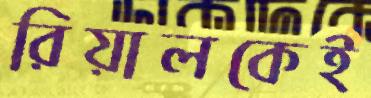
রিয়ালকেই